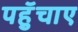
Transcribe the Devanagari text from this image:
पहुॅचाए